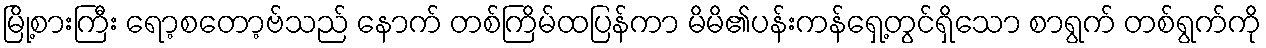
မြို့စားကြီး ရော့စတော့ဗ်သည် နောက် တစ်ကြိမ်ထပြန်ကာ မိမိ၏ပန်းကန်ရှေ့တွင်ရှိသော စာရွက် တစ်ရွက်ကို